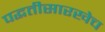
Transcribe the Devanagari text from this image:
पद्धतीसारखेच